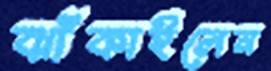
ঝাঁকাইলেন